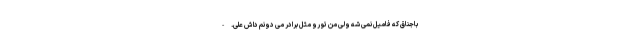
باجناق که فامیل نمی شه ولی من تو رو مثل برادر می دونم داش علی. -